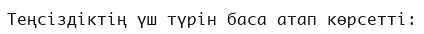
Теңсіздіктің үш түрін баса атап көрсетті: